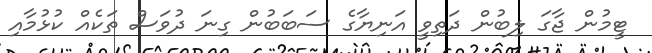
ޓީމުން ޖާގަ ލިބުން ދަތިވީ އަނިޔާގެ ސަބަބުން ގިނަ ދުވަސް ތަކެއް ކުޅުމާއި